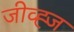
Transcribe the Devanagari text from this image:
जीव्ह्ज